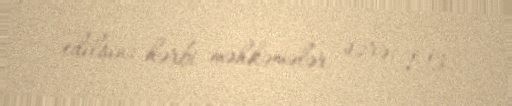
edilsin; hərbi məhkəmələr üzrə: 1.13.